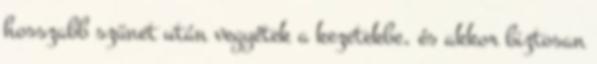
hosszabb szünet után vegyétek a kezetekbe, és akkor biztosan